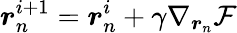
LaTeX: \boldsymbol{r}_{n}^{i+1}=\boldsymbol{r}_{n}^{i}+\gamma\nabla_{\boldsymbol{r}_{n}}\mathcal{F}